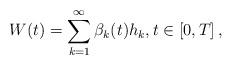
LaTeX: \begin{align*}W(t)=\sum_{k=1}^{\infty}\beta_k(t) h_k, t \in \left[0,T\right],\end{align*}